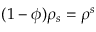
( 1 - \phi ) \rho _ { s } = \rho ^ { s }